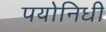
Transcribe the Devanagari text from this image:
पयोनिधी